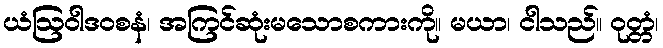
ယံဩဝါဒဝစနံ၊ အကြင်ဆုံးမသောစကားကို။ မယာ၊ ငါသည်။ ဝုတ္တံ၊